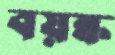
বয়ষ্ক